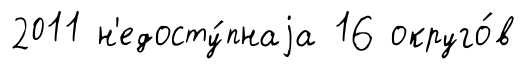
2011 н'едосту́пнаjа 16 округо́в